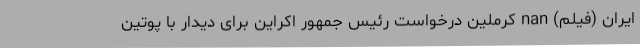
ایران (فیلم) nan کرملین درخواست رئیس جمهور اکراین برای دیدار با پوتین